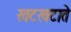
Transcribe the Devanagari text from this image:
खटखटाते